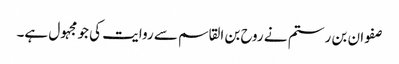
صفوان بن رستم نے روح بن القاسم سے روایت کی جو مجہول ہے۔